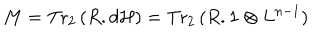
M = \mathrm { T r } _ { 2 } \, ( R . d { \cal H } ) = \mathrm { T r } _ { 2 } \, ( R . { \bf 1 } \otimes L ^ { n - 1 } )